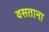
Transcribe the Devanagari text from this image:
वसताना